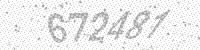
Solution: 672481